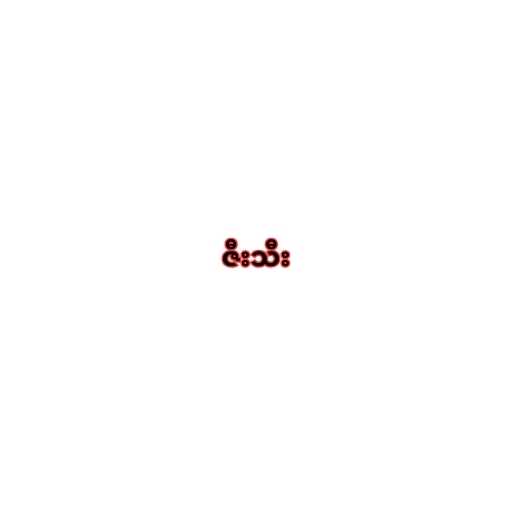
ဇီးသီး